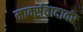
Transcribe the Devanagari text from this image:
मार्क्सवादावर